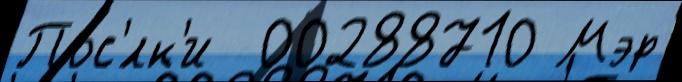
Пос'́лк'и  00288710 Мэр